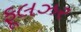
ફૂલઝર